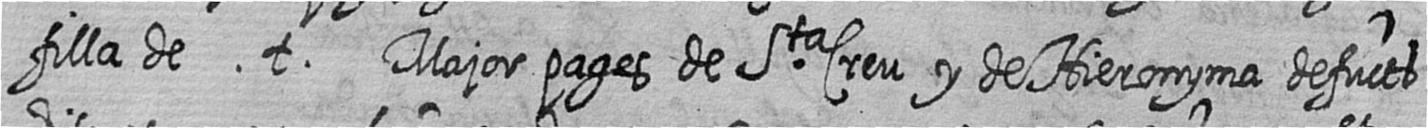
filla de t Major pages de Sta Creu y de Hieronyma defucts